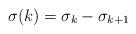
LaTeX: \begin{align*}\sigma(k)=\sigma_{k}-\sigma_{k+1}\end{align*}